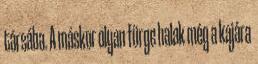
társába. A máskor olyan fürge halak még a kajára